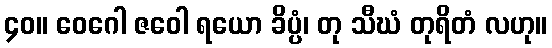
၄၀။ ဝေဂေါ ဇဝေါ ရယော ခိပ္ပံ၊ တု သီဃံ တုရိတံ လဟု။